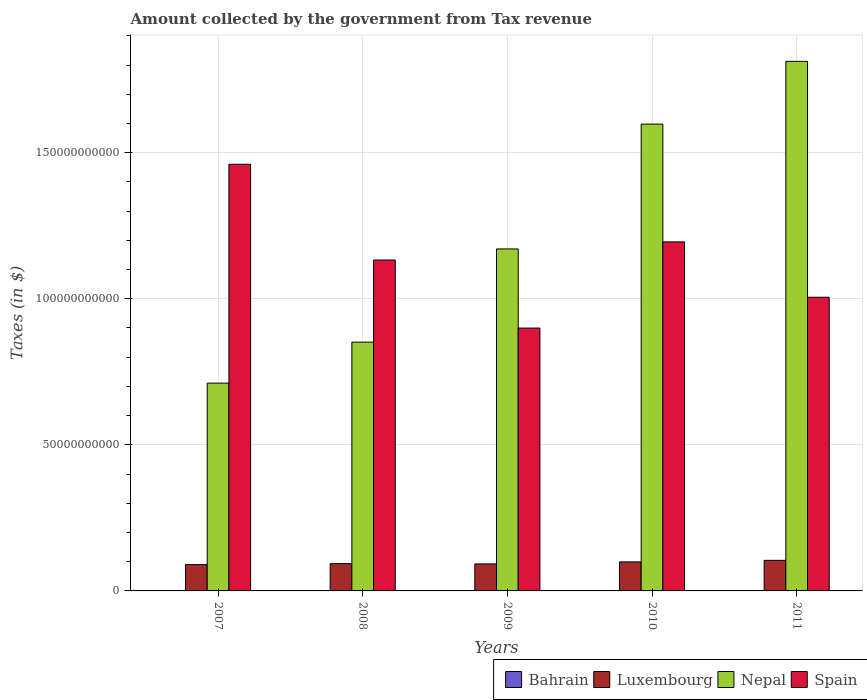
| Years | Bahrain | Luxembourg | Nepal | Spain |
 | --- | --- | --- | --- | --- |
 | 2007 | 9.36e+07 | 9e+09 | 7.11e+10 | 1.46e+11 |
 | 2008 | 1.19e+08 | 9.34e+09 | 8.52e+10 | 1.13e+11 |
 | 2009 | 1.18e+08 | 9.25e+09 | 1.17e+11 | 9e+10 |
 | 2010 | 1.14e+08 | 9.93e+09 | 1.6e+11 | 1.19e+11 |
 | 2011 | 1.21e+08 | 1.05e+10 | 1.81e+11 | 1.01e+11 |